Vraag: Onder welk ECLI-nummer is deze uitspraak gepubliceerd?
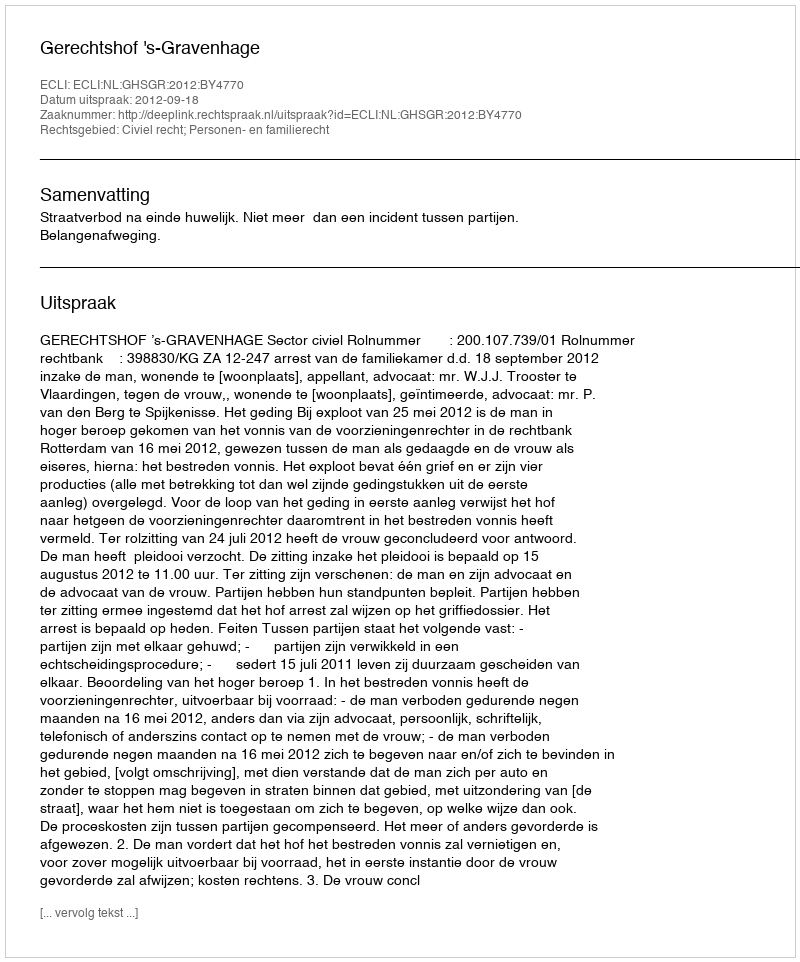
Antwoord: ECLI:NL:GHSGR:2012:BY4770